system: You are a helpful assistant.
user:
Analyze the provided spectrum to determine if it is a **"Cataclysmic Variables (CV)"**.

- **Key Indicators for CV (Check for either state):**
    - **State 1: Quiescent / Low-State (Emission-Dominated)**
        - **(Primary):** Strong and *very broad* Hydrogen Balmer emission lines (e.g., $H\alpha$ at 6563 Å, $H\beta$ at 4861 Å). The 'broadness' (high velocity dispersion, often FWHM > 1000 km/s) is the key diagnostic, indicating a high-velocity accretion disk.
        - **(Secondary):** Broad neutral Helium (He I) emission lines (e.g., 5876 Å, 6678 Å).
        - **(Key Confirmation):** Presence of high-excitation *ionized* Helium (He II) emission at 4686 Å. This is a strong indicator of accretion onto a white dwarf.
        - **(Line Profile):** Emission lines may exhibit a 'double-peaked' profile, which is a classic signature of a rotating accretion disk viewed at high inclination.

    - **State 2: Outburst / High-State (Absorption-Dominated)**
        - **(Primary):** Spectrum is dominated by a bright, blue continuum (looks like a hot star).
        - **(Secondary):** The emission lines from State 1 are weak, absent, or 'filled in', and are replaced by broad, shallow *absorption* lines (primarily Balmer and He I).
        - **(Morphology):** The overall spectrum mimics a hot B/A-type star. The crucial difference is that the absorption lines are significantly broader, shallower, and more 'washed-out' (or 'smeared') than the sharp lines of a normal stellar photosphere, due to high rotational speeds and pressure broadening in the disk.

Think first, call **spectral_visualization_tool** if needed to examine features in detail, then provide your final answer. Your response must adhere to the following strict rules:
1.  **Overall Structure:** Your response must follow the format `<think>...</think> <tool_call>...</tool_call> (if a tool is used) <answer>...</answer>`.
2.  **Tool Usage Constraint:** You may only make **one** tool call per turn.
3.  **Final Answer Format:** In the `<answer>` tag, your conclusion must be inside a `\boxed{}` command (e.g., `\boxed{YES}`), followed by your justification.

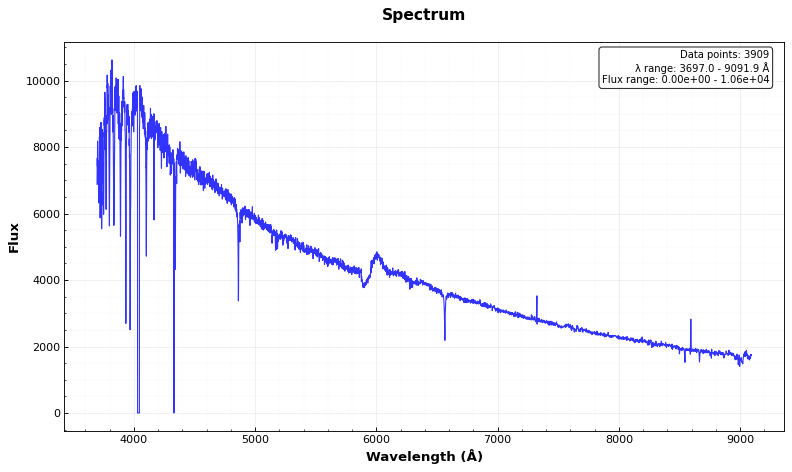
Answer: NO